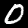
Digit: 0